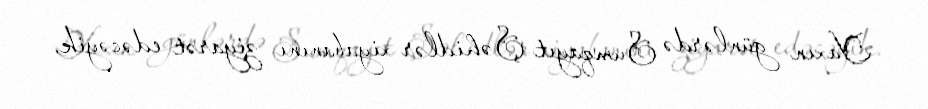
Yaxın günlərdə Sumqayıt Şəhidlər xiyabanını ziyarət edəcəyik.